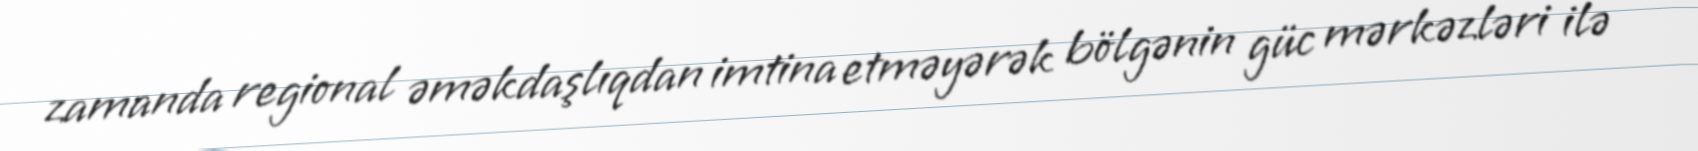
zamanda regional əməkdaşlıqdan imtina etməyərək bölgənin güc mərkəzləri ilə